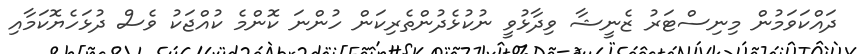
ދައްކަވަމުން މިނިސްޓަރު ޒެނީޝާ ވިދާޅުވީ ނުކުޅެދުންތެރިކަން ހުންނަ ކޮންމެ ކުއްޖަކު ވެސް ދުޅަހެޔޮކަމާއި